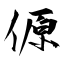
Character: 傆